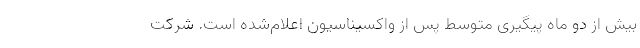
بیش از دو ماه پیگیری متوسط ‌پس از واکسیناسیون اعلام‌شده است. شرکت